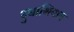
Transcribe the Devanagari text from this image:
दुधाशिवाय